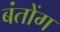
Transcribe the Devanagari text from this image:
बंतोंग